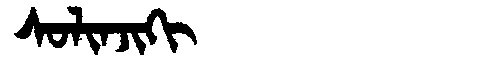
Manchu: ᠰᠣᠯᡳᠨᠵᡳᡴᡳ
Romanization: SOLINJIKI